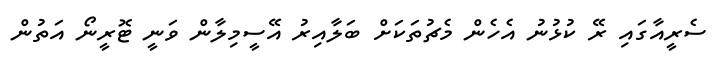
ސެރީއާގައި ރޭ ކުޅުނު އެހެން މެޗުތަކަށް ބަލާއިރު އޭސީމިލާން ވަނީ ޓޮރީނޯ އަތުން